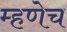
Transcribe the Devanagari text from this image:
म्हणेच